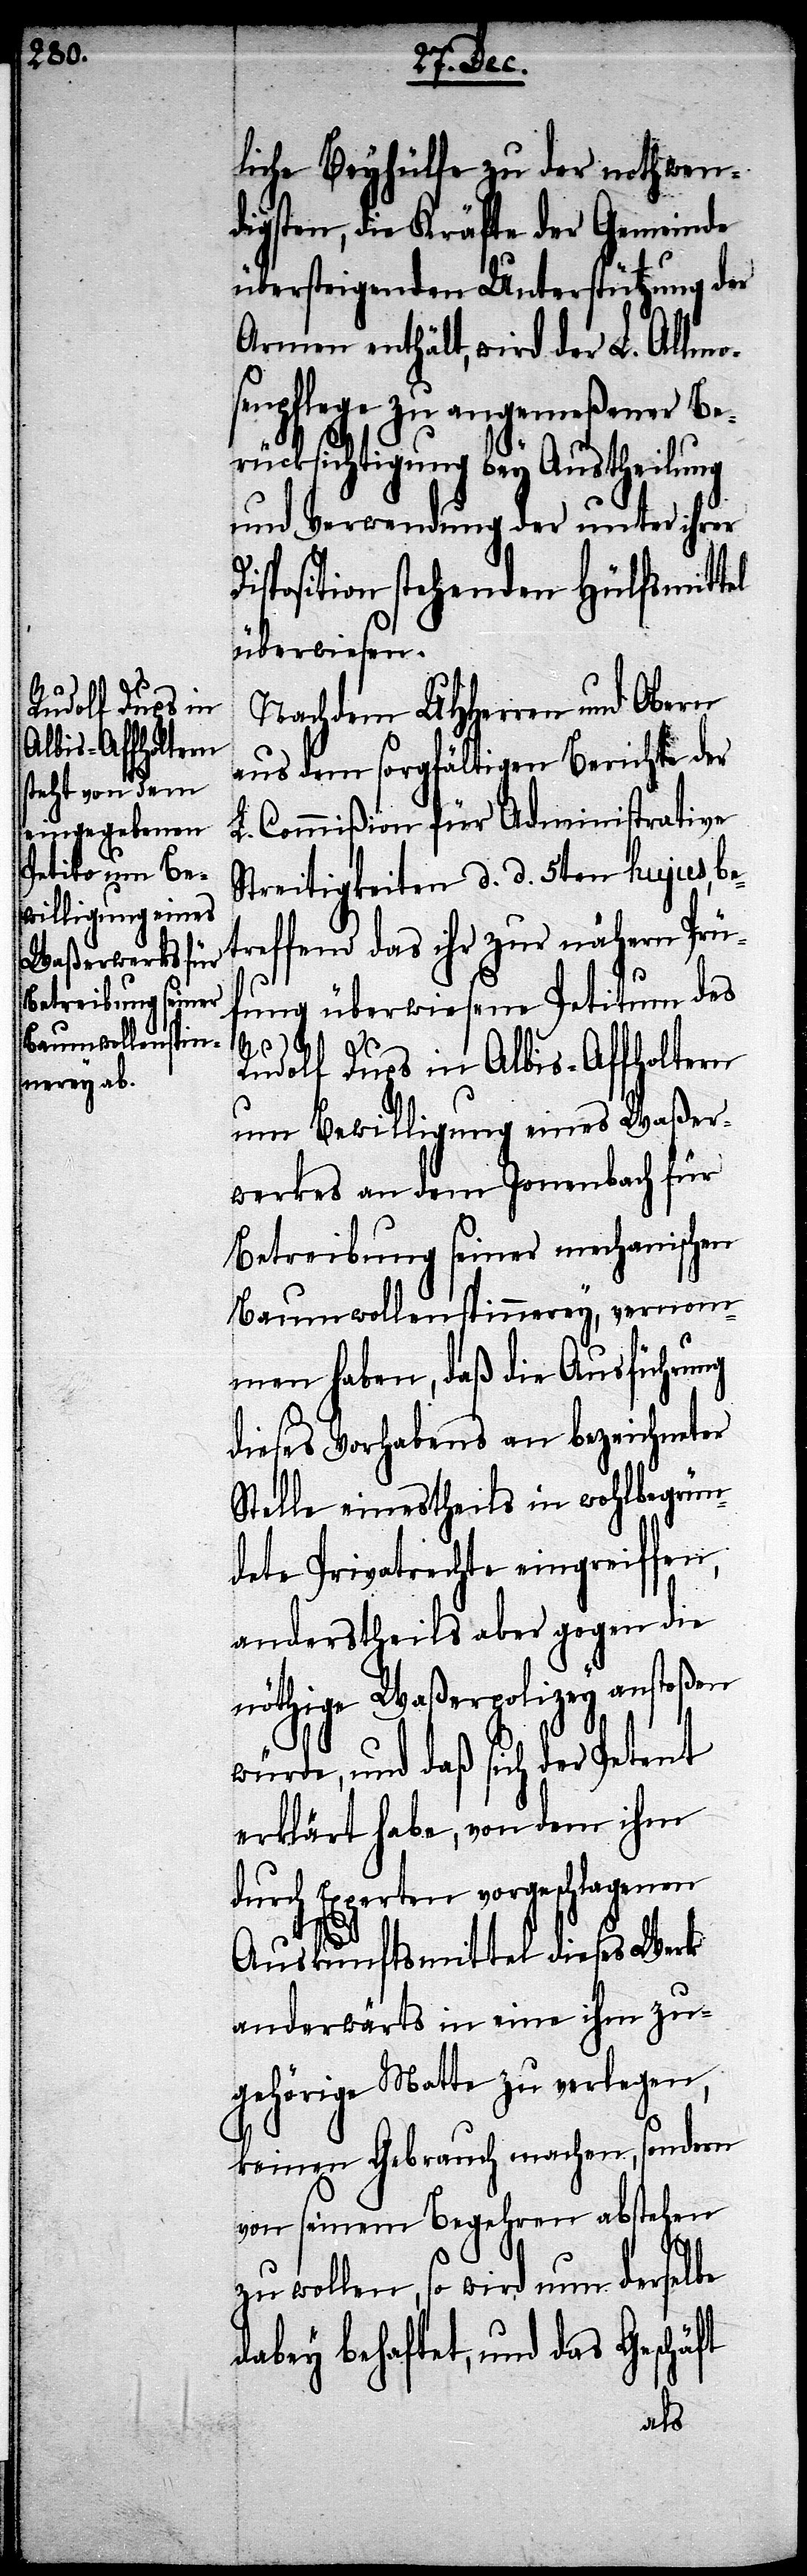
Rudolf Dups in
Albis-Affholtern

liche Beyhülfe zu der nothwen¬
digsten, die Kräfte der Gemeinde
übersteigenden Unterstützung der
Armen enthält, wird der L. Allmo¬
senpflege zu angemeßener Be¬
rücksichtigung bey Austheilung
und Verwendung der unter ihrer
isposition stehenden Hülfsmittel
überwiesen.
Nachdem UHHerren und Obern
aus dem sorgfältigen Berichte der
L. Commißion für Administrative
Streitigkeiten d. d. 5ten hujus, bet¬
reffend das ihr zur nähern Prüf¬
ung überwiesene Petitum des
um Bewilligung eines Waßer¬
werkes, an dem Jonenbach für
Betreibung seiner mechanischen
Baumwollenspinnerey, vernom¬
men haben, daß die Ausführung
dieses Vorhabens an bezeichneter
Stelle einestheils in wohlbegrün¬
dete Privatrechte eingreiffen,
anderstheils aber gegen die
nöthige Waßerpolizey anstoßen
würde, und daß sich der Petent
erklärt habe, von dem ihm
durch Experten vorgeschlagenen
Auskunftsmittel dieses Werk
anderwärts in eine ihm zu¬
gehörige Matte zu verlegen,
keinen Gebrauch machen, sondern
von seinem Begehren abstehen
D¬
zu wollen, so wird nun derselbe
dabey behaftet, und das Geschäft